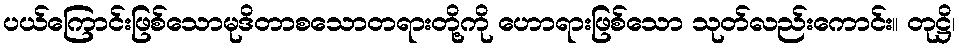
ပယ်ကြောင်းဖြစ်သောမုဒိတာစသောတရားတို့ကို ဟောရားဖြစ်သော သုတ်လည်းကောင်း။ တုဋ္ဌိ၊